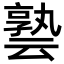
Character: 𪜟